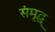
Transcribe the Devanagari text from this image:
संमृद्ध्